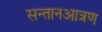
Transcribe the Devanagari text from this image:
सन्तानआत्रण